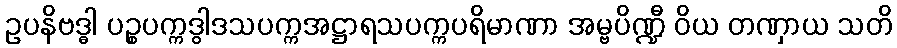
ဥပနိဗဒ္ဓါ ပဉ္စပက္ကဒွါဒသပက္ကအဋ္ဌာရသပက္ကပရိမာဏာ အမ္ဗပိဏ္ဍီ ဝိယ တဏှာယ သတိ